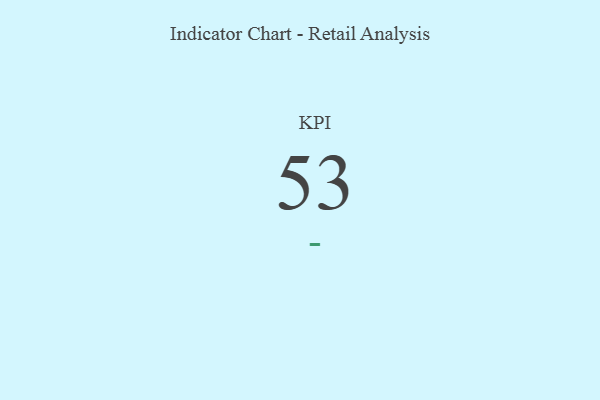
{"axis": {"x": "KPI", "y": "Value"}, "legend": [""], "data": [{"x": "KPI", "y": 53, "type": ""}]}